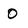
Character: O